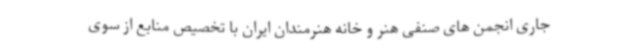
جاری انجمن های صنفی هنر و خانه هنرمندان ایران با تخصیص منابع از سوی